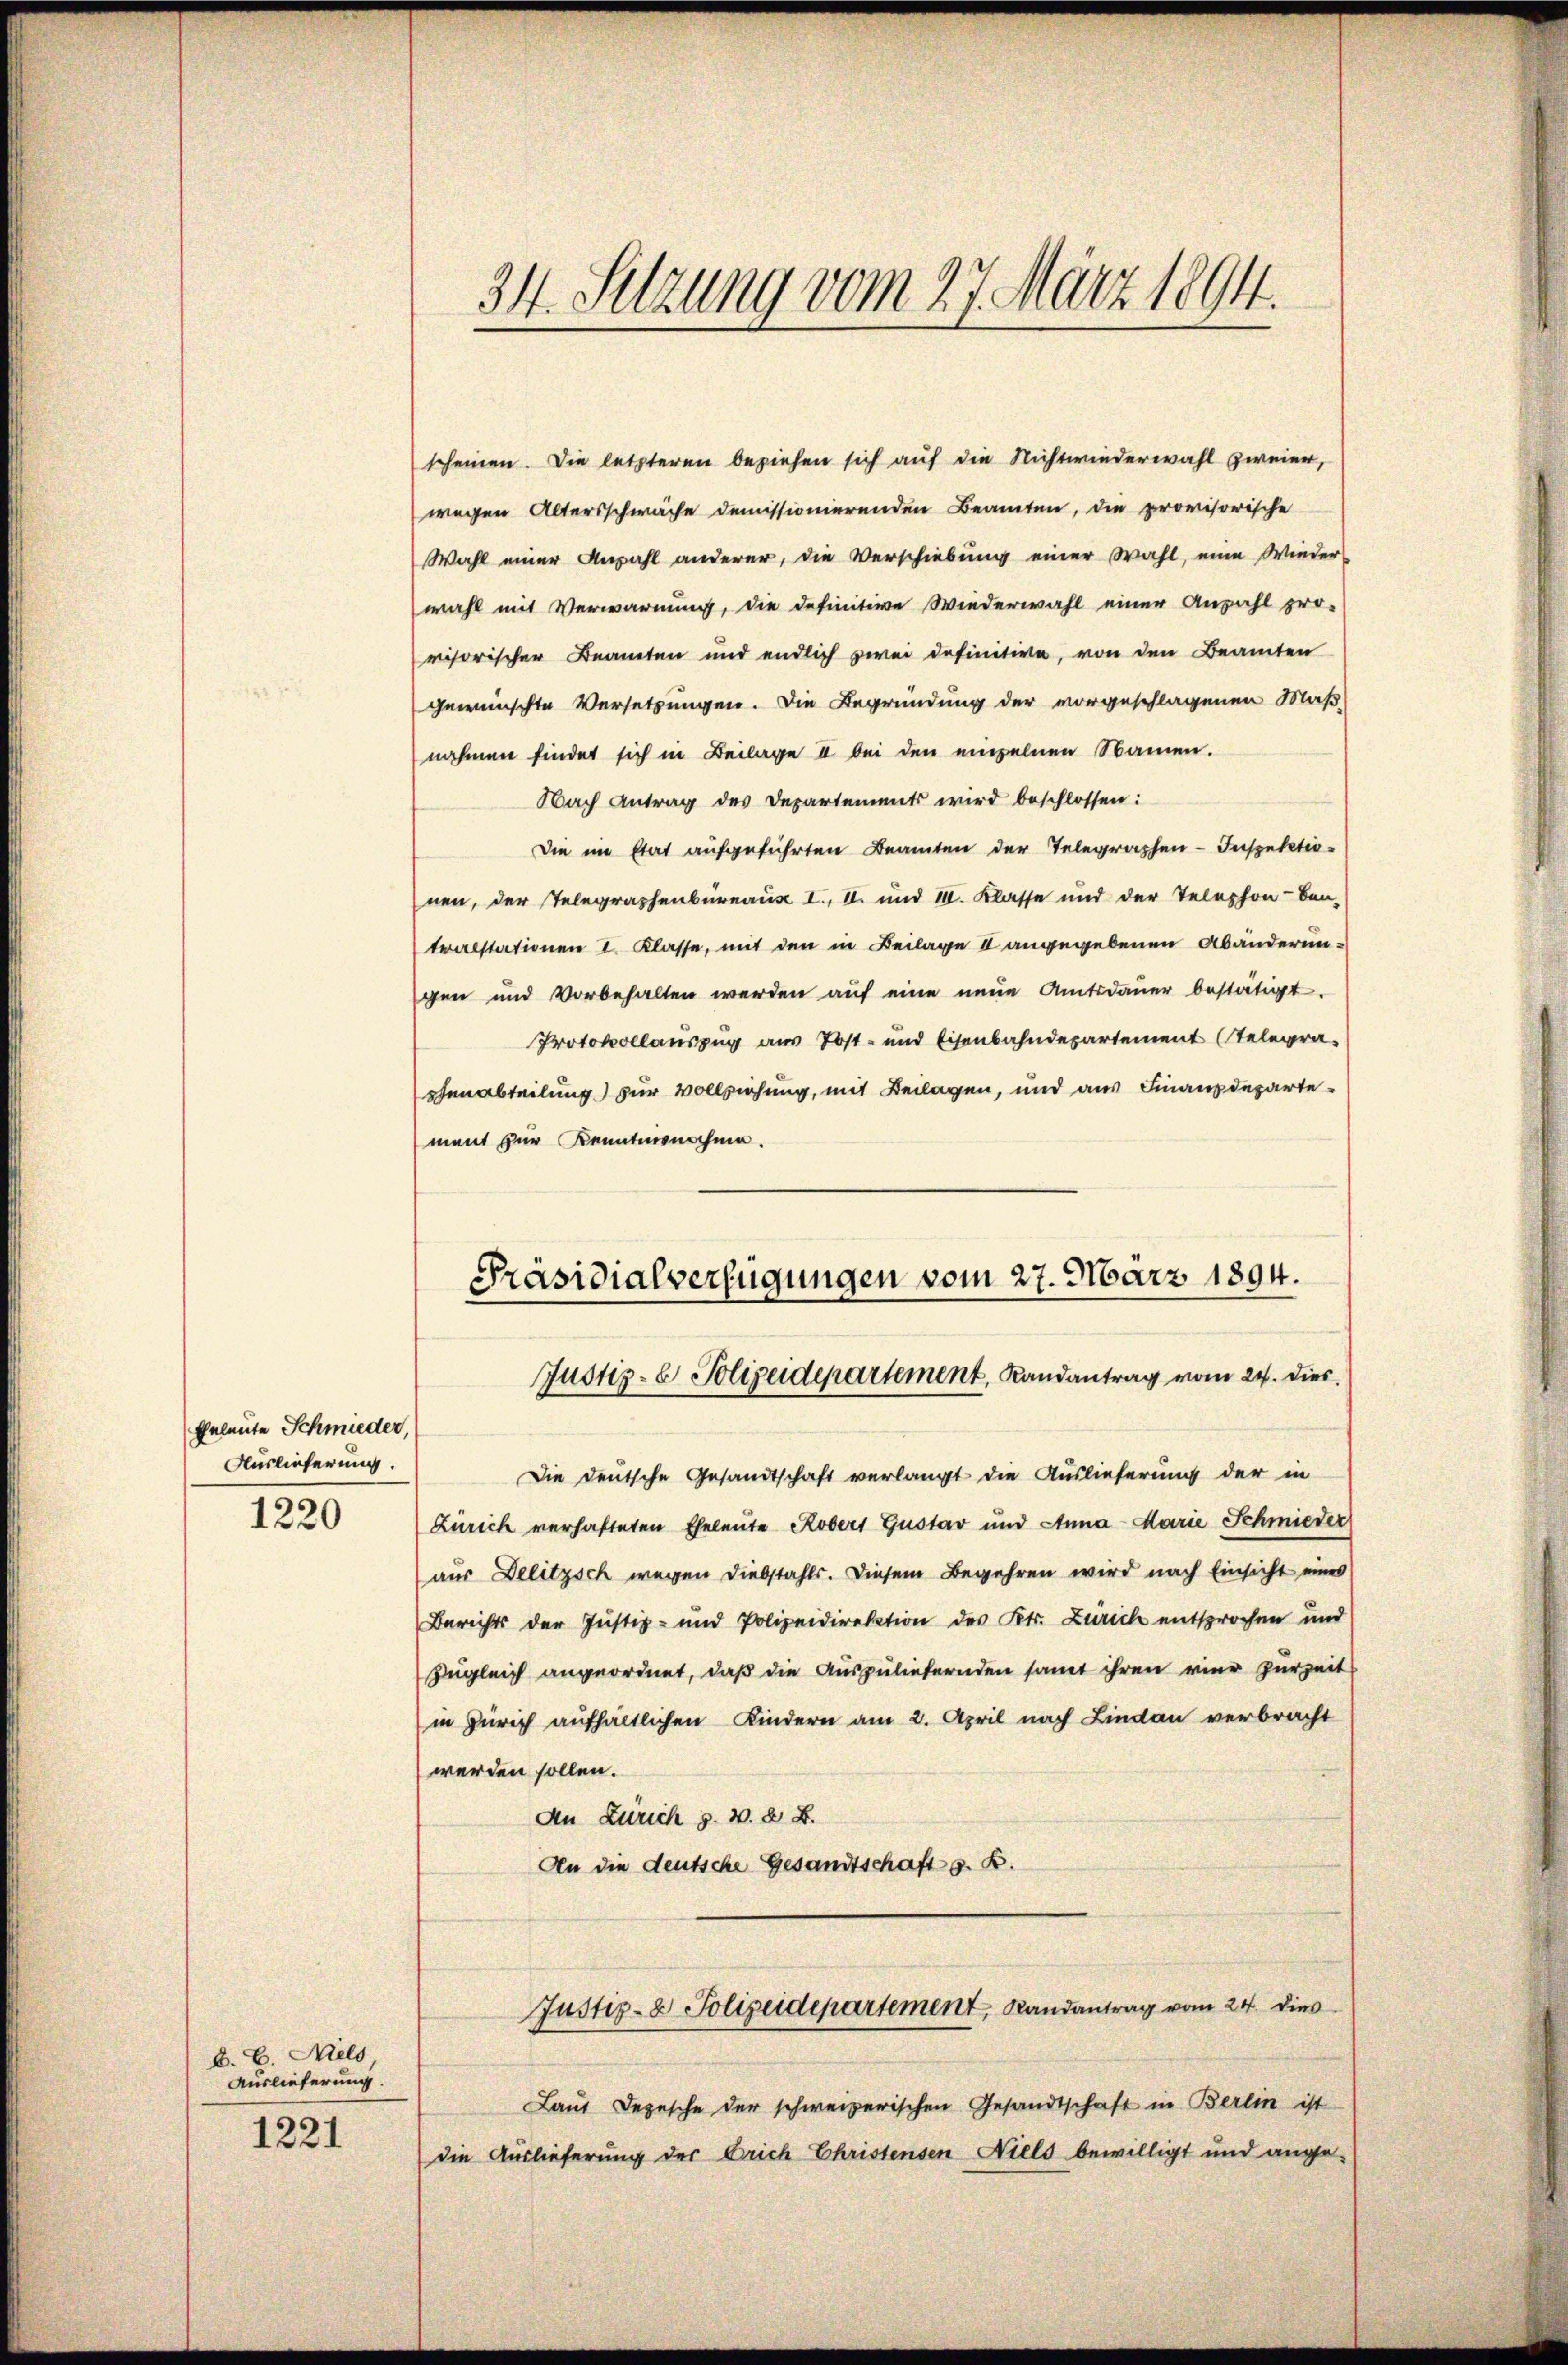
Eheleute Schmieder,
Auslieferung.
1220

B. C. Miels
Auslieferung.
1221

34. Setzung vom 27. März 1894.

scheinen. Die letzteren beziehen sich auf die Nichtwiederwahl zweier,
wegen Altersschwäche demissionierenden Beamten, die provisorische
Wahl einer Anzahl anderer, die Verschiebung einer Wahl, eine Wieder-
wahl mit Verwarnung, die definitive Wiederwahl einer Anzahl pro-
risorischer Beamten und endlich zwei definitive, von den Beamten
gewünschte Versetzungen. Die Begründung der vorgeschlagenen Maß-
nahmen findet sich in Beilage II bei den einzelnen Namen.
Nach Antrag des Departements wird beschlossen:
Die im Etat aufgeführten Beamten der Telegraphen-Inspektio-
nen, der Telegraphenbureaus I., II. und III. Klasse und der Telephon-ben-
tralstationen I. Klasse, mit den in Beilage I angegebenen Abänderungen und vorbehalten werden auf eine neue Amtsdauer bestätigt.
Protokollauszug aus Post- und Eisenbahndepartement (Telegraphenabteilung) zur Vollziehung, mit Beilagen, und aus Finanzdepartement zur Kenntnisnahme.
Präsidialverfügungen vom 27. März 1894.
Justiz- & Polizeidepartement, Randantrag vom 24. dies
Die Deutsche Gesandtschaft verlangt die Auslieferung der in
Zürich verhafteten Eheleute Robers Gustav und Anna - Marie Schmieder
aus Delitzsch wegen Diebstahls. Diesem Begehren wird nach Einsicht eines
Berichts der Justiz- und Polizeidirektion des Kts. Zürich entsprochen und
Zugleich angeordnet, daß die Auszuliefernden samt ihren vier Zurzeit
in Zürich aufhältlichen Kindern am 2. April nach Lindau verbracht
werden sollen.
An Zürich z. B. d. B.
An die deutsche Gesandtschaft z. B.
Justiz- & Polizeidepartement, Randantrag vom 24. dies
Laut Depesche der schweizerischen Gesandtschaft in Berlin ist
die Auslieferung des Drich Christensen Niels bewilligt und ange¬